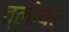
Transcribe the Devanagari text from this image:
व्लोयर